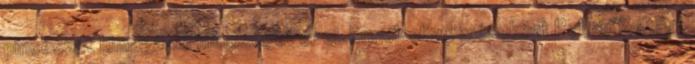
pincészet kimagasló minôséget ér el. Ennek elismeréseként Polgár Zoltánt